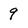
Character: 9